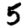
Digit: 5